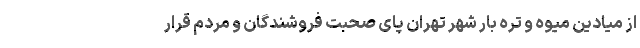
از میادین میوه و تره بار شهر تهران پای صحبت فروشندگان و مردم قرار